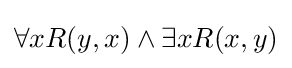
\forall xR(y,x)\wedge \exists xR(x,y)